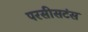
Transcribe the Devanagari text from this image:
परसीसटंस